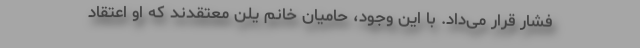
فشار قرار می‌داد. با این وجود، حامیان خانم یلن معتقدند که او اعتقاد